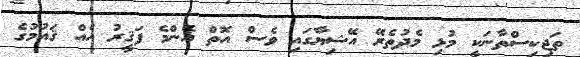
ތަޖިކިސްތާނަކީ މުޅި މެދުތެރޭ އޭޝިޔާގައި ވެސް އޮތް އެންމެ ފަޤީރު އެއް ޤައުމުގެ